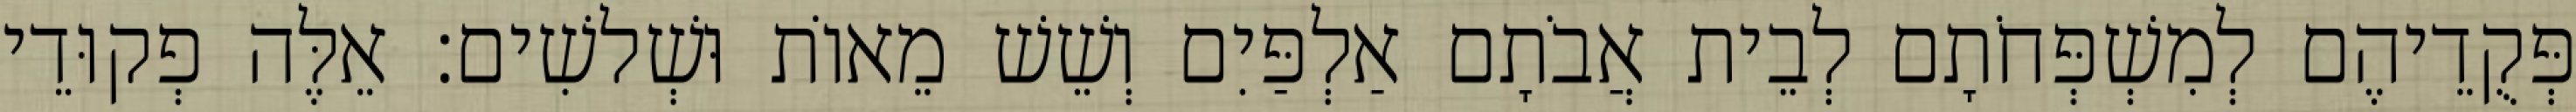
פְּקֻדֵיהֶם לְמִשְׁפְּחֹתָם לְבֵית אֲבֹתָם אַלְפַּיִם וְשֵׁשׁ מֵאוֹת וּשְׁלשִׁים׃ אֵלֶּה פְקוּדֵי